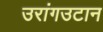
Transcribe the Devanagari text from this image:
उरांगउटान